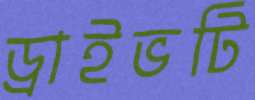
ড্রাইভটি